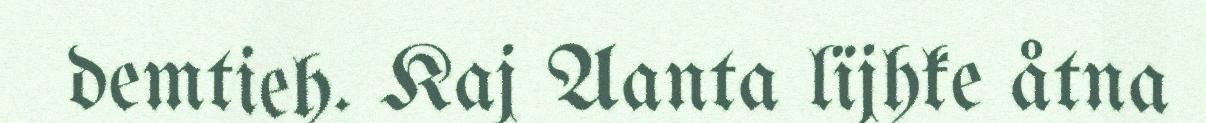
demtieh. Kaj Aanta lïjhke åtna